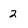
Character: 2